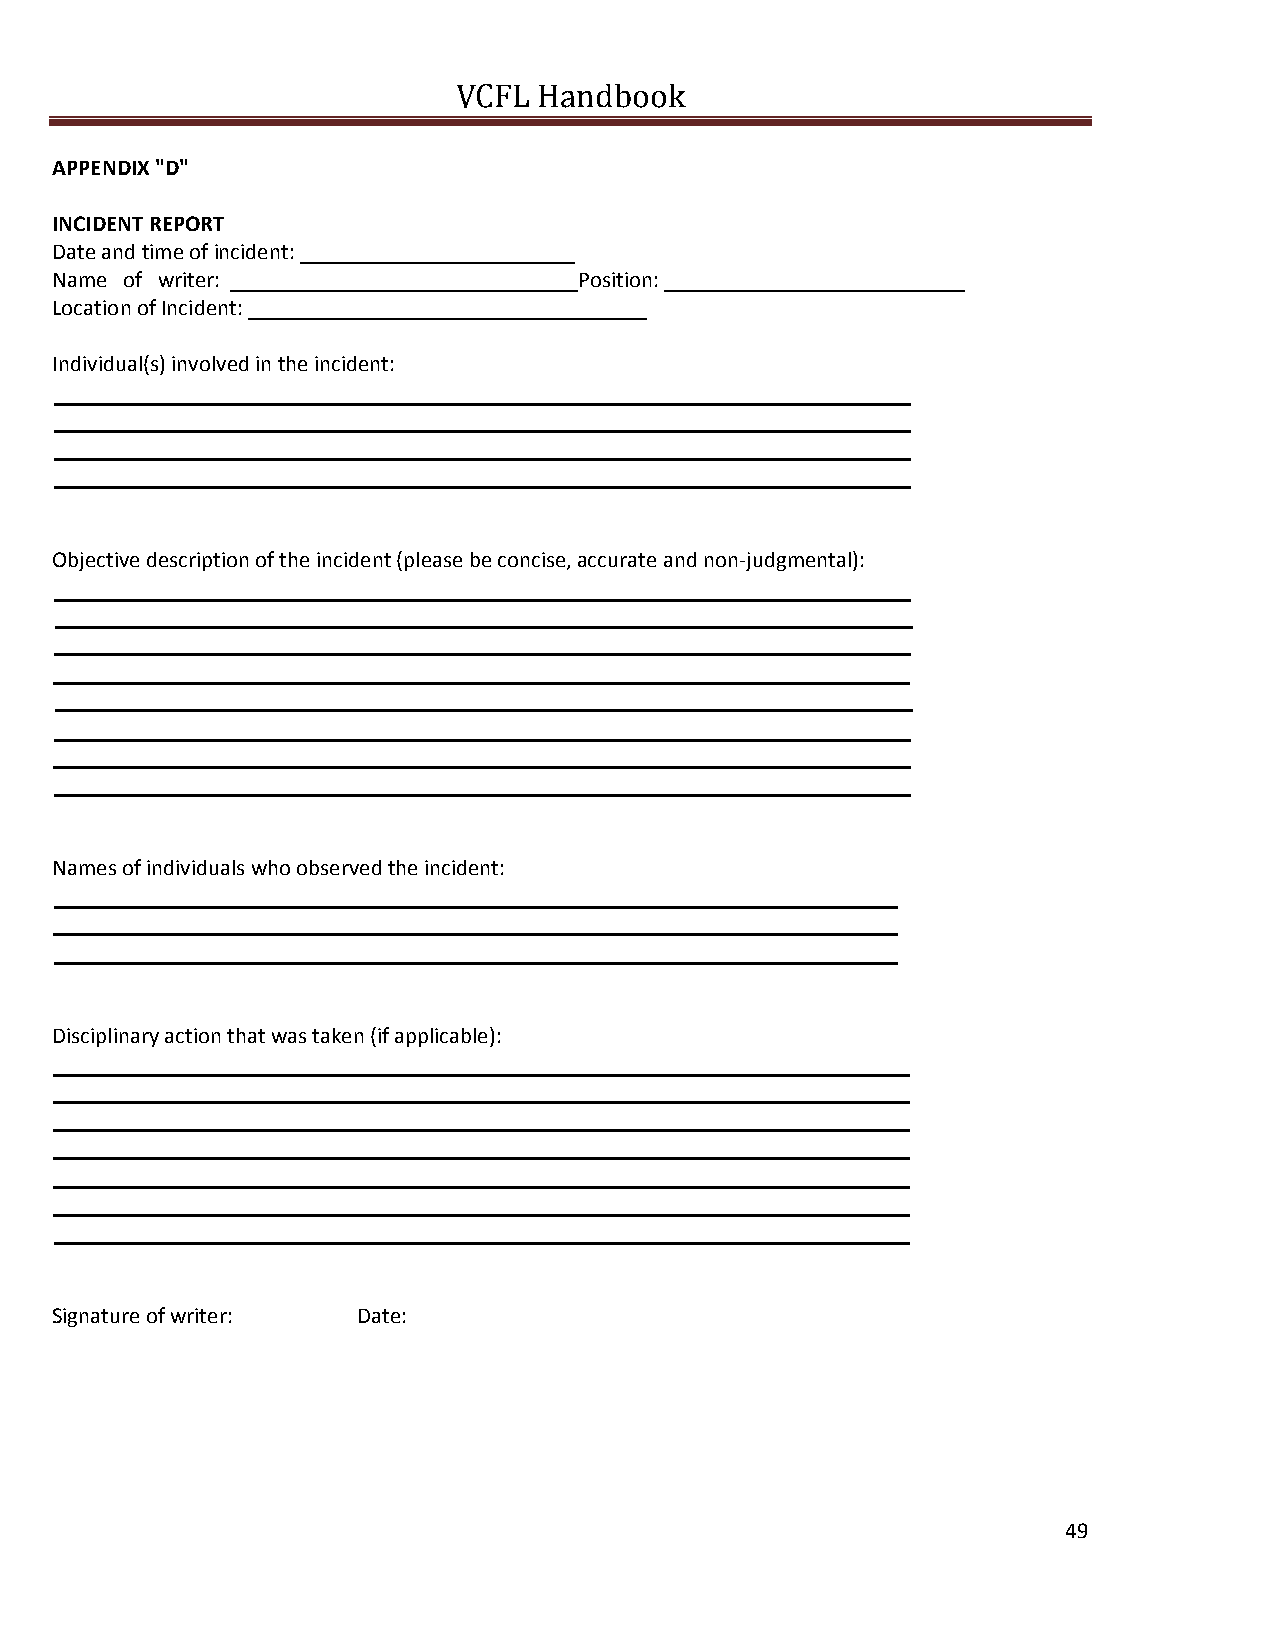
VCFL  Handbook
 APPENDIX "D"
 INCIDENT REPORT
 Date and time of incident:
 Name of writer:                    Position:
 Location of Incident:
 Individual(s) involved in the incident:
 Objective description of the incident (please be concise, accurate and non‐judgmental):
 Names of individuals who observed the incident:
 Disciplinary action that was taken (if applicable):
 Signature of writer: Date:
 49